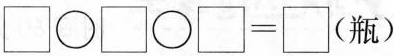
$$\Box \bigcirc \Box \bigcirc \Box = \Box$$ （瓶）